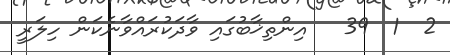
2  1  39   އިންތިޚާބުގައި ވާދަކުރައްވާނެކަން ހިލަރީ